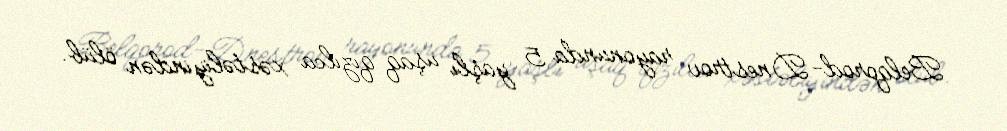
Belqorod-Dnestrov rayonunda 5 yaşlı uşaq qızılca xəstəliyindən ölüb.